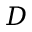
D